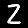
Digit: 2